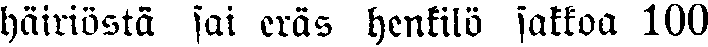
häiriöstä sai eräs henkilö sakkoa 100